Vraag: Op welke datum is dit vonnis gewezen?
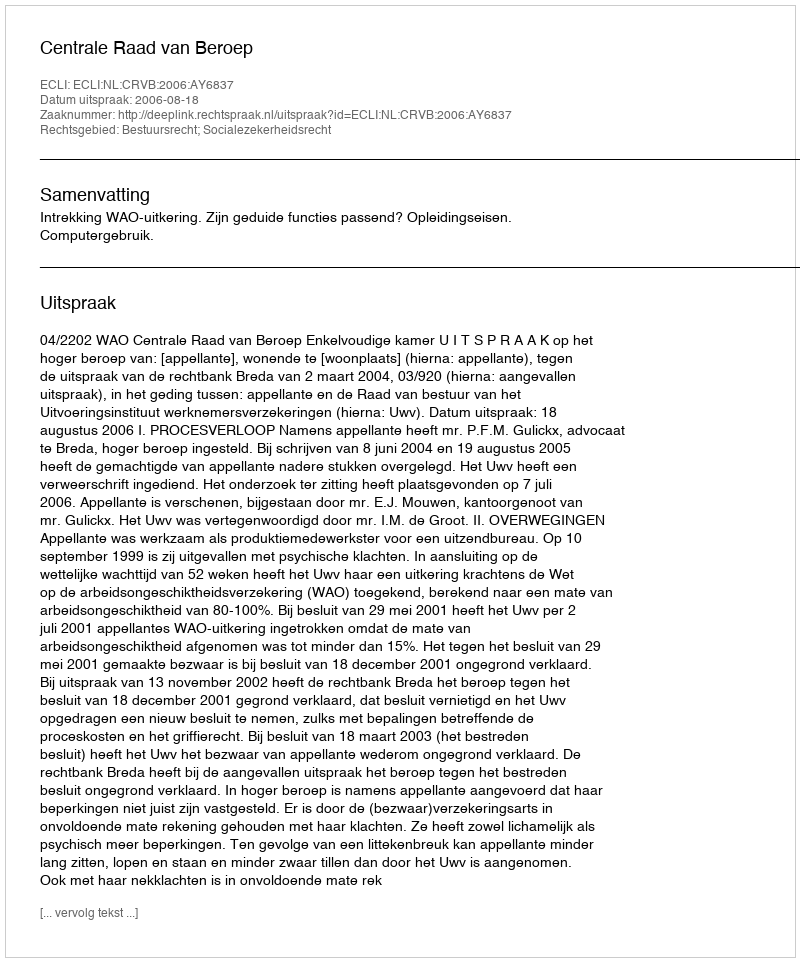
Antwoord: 2006-08-18